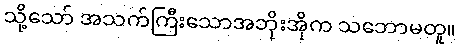
သို့သော် အသက်ကြီးသောအဘိုးအိုက သဘောမတူ။